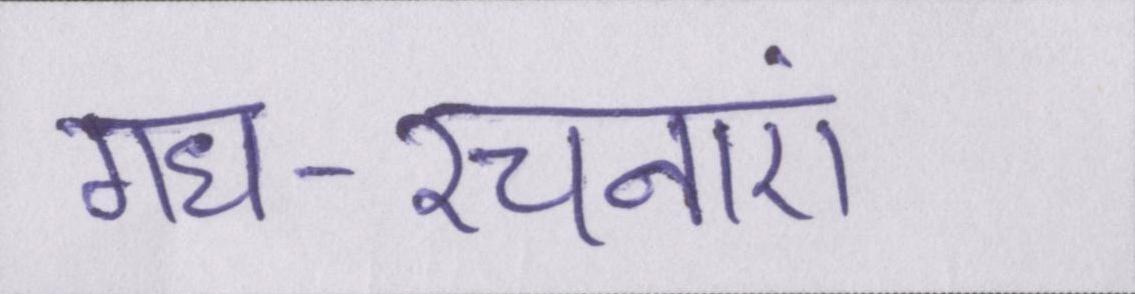
गध-रचनाएं